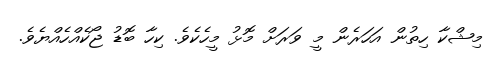
މިޝްކާ ހިތުން އަހަރެން މީ ވަރަށް މޮޅު މީހެކެވެ. ކިހާ ބޮޑު ޖޯކެއްހެއްޔެވެ.